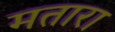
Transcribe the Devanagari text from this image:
मतारा